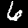
Digit: 6